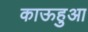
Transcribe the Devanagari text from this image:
काऊहुआ